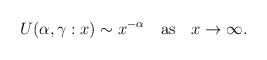
\begin{align*}U(\alpha,\gamma:x) \sim x^{-\alpha} \quad \mbox{as} \quad x \to \infty. \end{align*}